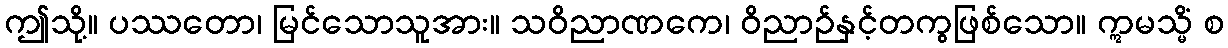
ဤသို့။ ပဿတော၊ မြင်သောသူအား။ သဝိညာဏကေ၊ ဝိညာဉ်နှင့်တကွဖြစ်သော။ ဣမသ္မိံ စ